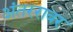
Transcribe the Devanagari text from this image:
अंतररावर